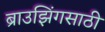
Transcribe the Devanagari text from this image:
ब्राउझिंगसाठी